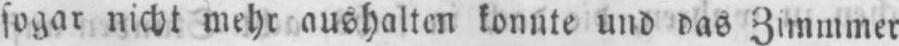
sogar nicht mehr aushalten konnte und das Zimmmer